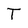
Character: T